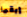
إبقيا